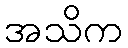
အသိက